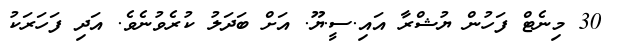
30 މިނެޓް ފަހުން ޔުޝްރާ އައި.ސީ.ޔޫ. އަށް ބަދަލު ކުރެވުނެވެ. އަދި ފަހަރަކު